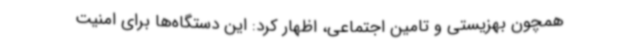
همچون بهزیستی و تامین اجتماعی، اظهار کرد: این دستگاه‌ها برای امنیت